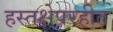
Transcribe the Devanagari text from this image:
हस्तक्षेपरहीत